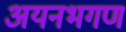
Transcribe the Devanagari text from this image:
अयनभगण